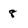
Character: 8